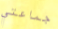
جماعتي